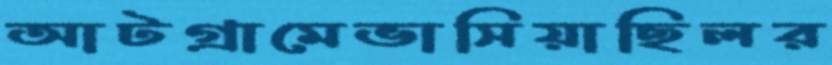
আটগ্রামেভাসিয়াছিলর